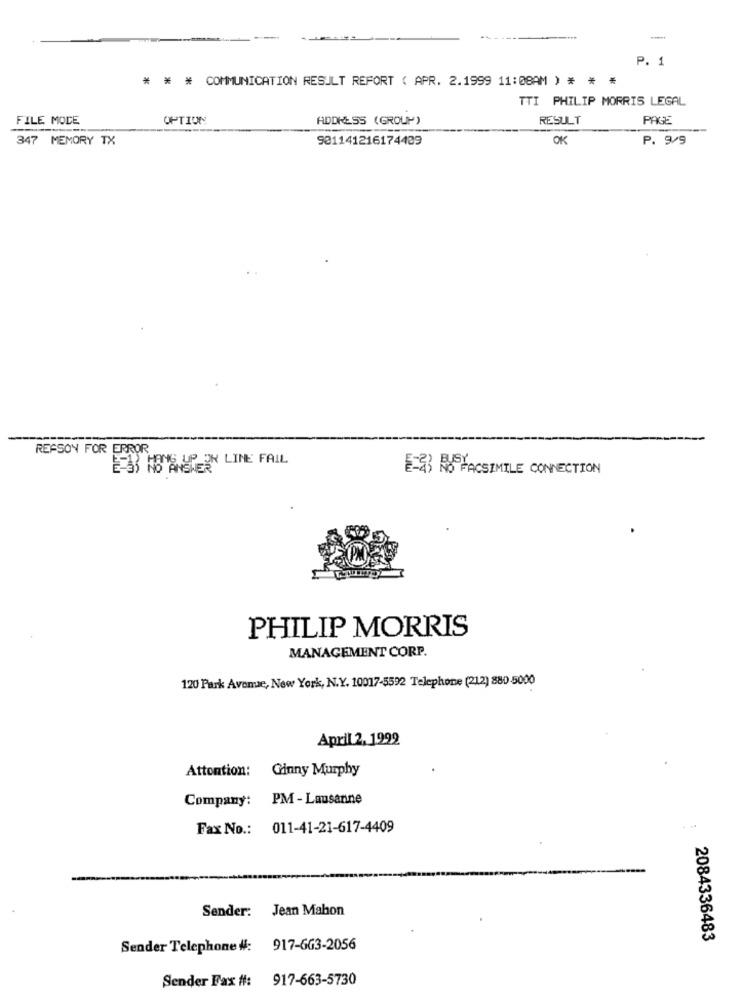
-
P. 1
* * * COMMUNICATION RESULT REFORT ( APR. 2.1999 11:08AM ) * * *
TTI PHILIP MORRIS LEGAL
FILE MOCE
OPTION
ADDRESS (GROUP)
RESULT
PAGE
347 MEMORY TX
901141216174409
OK
P. 9/9
REASON FOR ERROR
E-33 KB'S UP ON LINE FAIL
E= NOS FACSIMILE CONNECTION
PHILIP MORRIS
MANAGEMENT CORP.
120 Park Avenue, New York, N.Y. 10017-5592 Telephone (212) 880 5000
April 2, 1992
Attention:
Ginny Murphy
Company: PM - Lausanne
Fax No .: 011-41-21-617-4409
Sender: Jean Mahon
2084336483
Sender Telephone #: 917-663-2056
917-663-5730
Sender Fax #: